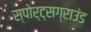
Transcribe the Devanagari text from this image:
स्पोर्ट्सग्राउंड